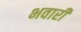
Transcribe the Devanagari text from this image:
भवारी